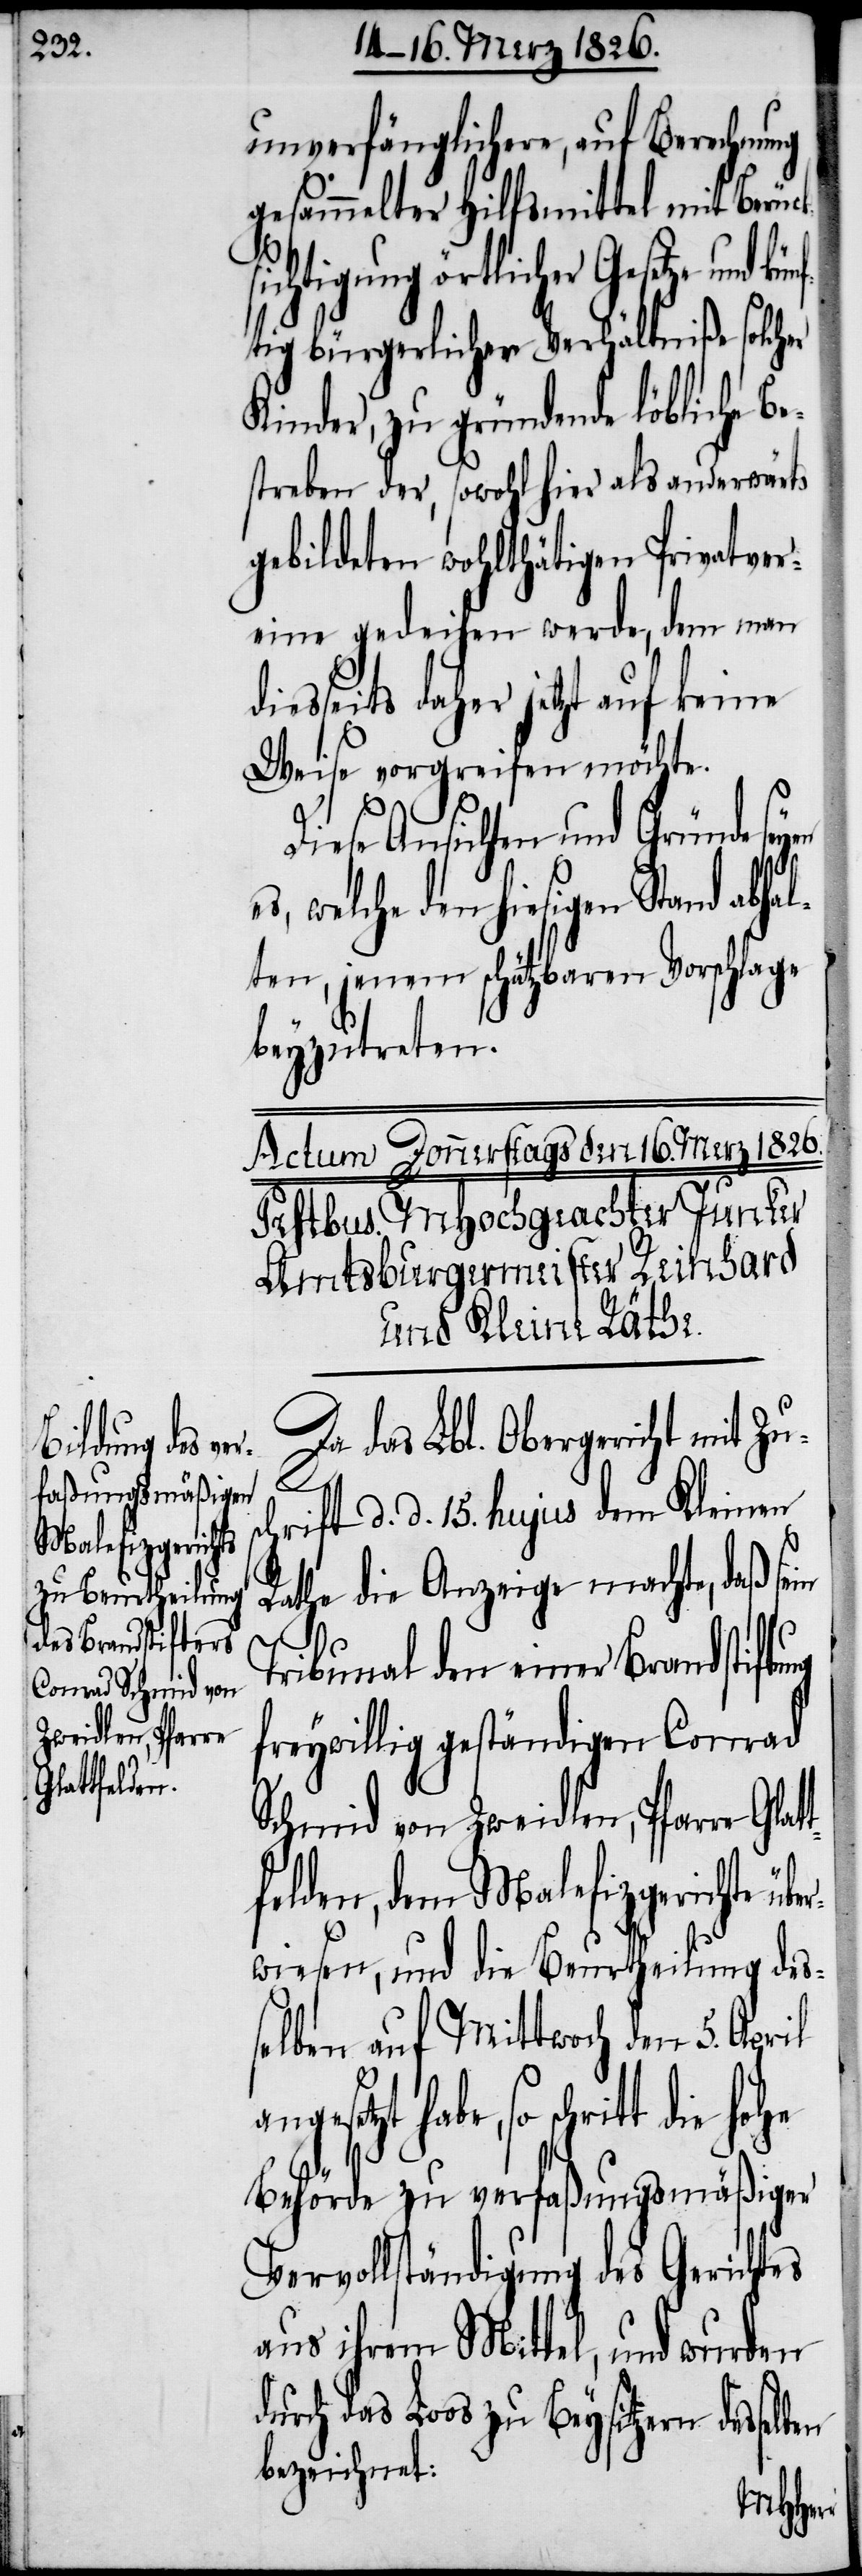
Malefizgerichte
tfelden,

unverfänglichere, auf Berechnung
gesammelter Hilfsmittel mit Berüc¬
sichtigung örtlicher Gesetze und
ig bürgerlicher Verhältniß solch¬
Kinder, zu gründende löbliche Be¬
streben der, sowohl hier als anderwärts
gebildeten wohltätigen Privatver¬
eine gedeihen werde, dem man
eits daher jetzt auf keine
Weise vorgreifen möchte.
Diese Ansichten und Gründe sey¬
es, welche den hiesigen Stand abha¬
lten, jenem schätzbaren Vorschlage
beyzutreten.
Da das Lbl. Obergericht mit Zu¬
en
schrift d. d. 15. hujus dem Kleinen
Rathe die Anzeige machte, daß sein
Tribunal den einer Brandstiftung
freywillig geständigen Conrad
Schmid von Zweidlen, Pfarre Glat¬
wiesen, und die Beurtheilung des¬
selben auf Mittwoch den 5. April
habe, so schritt die hohe
Behörde zu verfaßungsmäßiger
Vervollständigung des Gerichtes
aus ihrem Mittel, und wurden
durch das Loos zu Beysitzern desse¬
bezeichnet:
lben